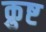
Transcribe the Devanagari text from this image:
क्रुष्ट